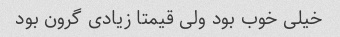
خیلی خوب بود ولی قیمتا زیادی گرون بود